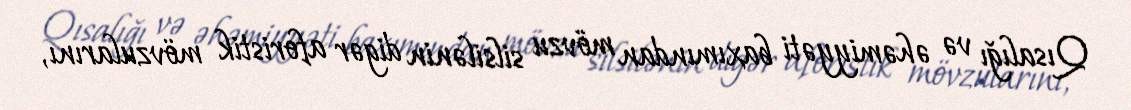
Qısalığı və əhəmiyyəti baxımından mövzu silsilənin digər aforistik mövzularını,